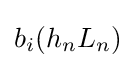
b_{i}(h_{n}L_{n})